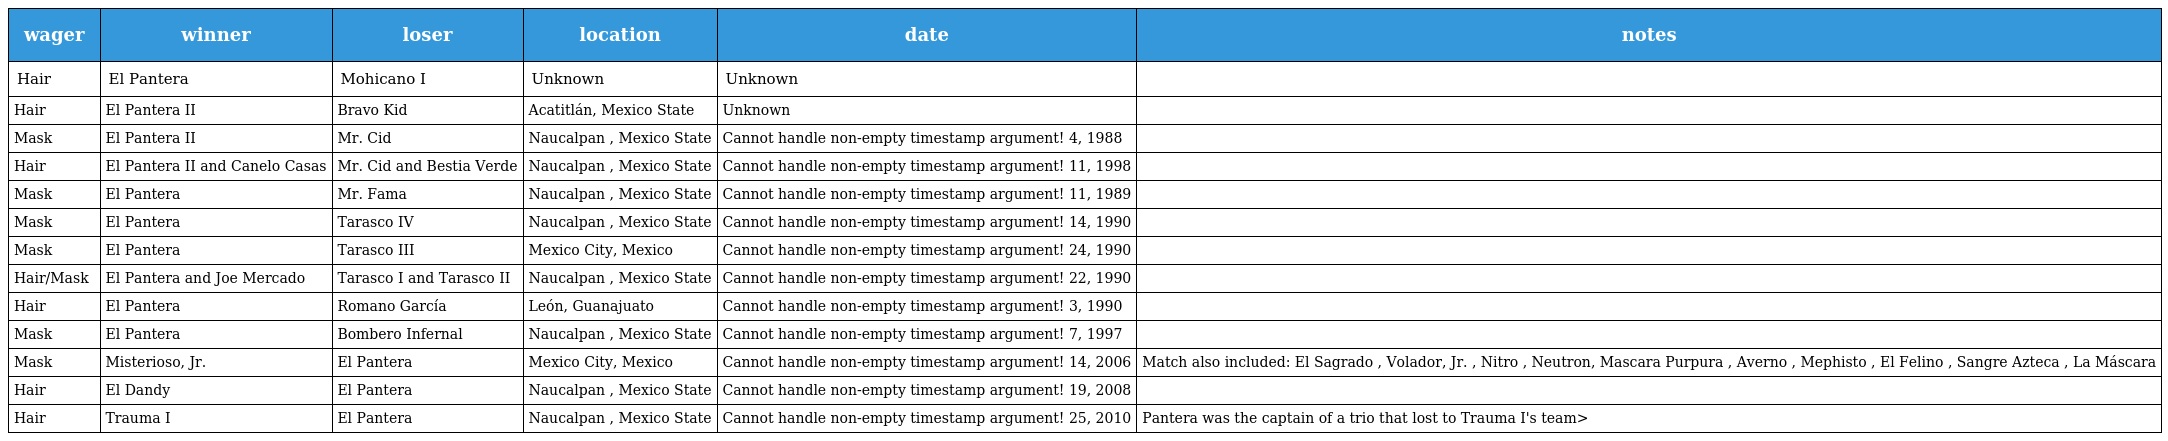
| wager | winner | loser | location | date | notes |
 | --- | --- | --- | --- | --- | --- |
 | Hair | El Pantera | Mohicano I | Unknown | Unknown |  |
 | Hair | El Pantera II | Bravo Kid | Acatitlán, Mexico State | Unknown |  |
 | Mask | El Pantera II | Mr. Cid | Naucalpan , Mexico State | Cannot handle non-empty timestamp argument! 4, 1988 |  |
 | Hair | El Pantera II and Canelo Casas | Mr. Cid and Bestia Verde | Naucalpan , Mexico State | Cannot handle non-empty timestamp argument! 11, 1998 |  |
 | Mask | El Pantera | Mr. Fama | Naucalpan , Mexico State | Cannot handle non-empty timestamp argument! 11, 1989 |  |
 | Mask | El Pantera | Tarasco IV | Naucalpan , Mexico State | Cannot handle non-empty timestamp argument! 14, 1990 |  |
 | Mask | El Pantera | Tarasco III | Mexico City, Mexico | Cannot handle non-empty timestamp argument! 24, 1990 |  |
 | Hair/Mask | El Pantera and Joe Mercado | Tarasco I and Tarasco II | Naucalpan , Mexico State | Cannot handle non-empty timestamp argument! 22, 1990 |  |
 | Hair | El Pantera | Romano García | León, Guanajuato | Cannot handle non-empty timestamp argument! 3, 1990 |  |
 | Mask | El Pantera | Bombero Infernal | Naucalpan , Mexico State | Cannot handle non-empty timestamp argument! 7, 1997 |  |
 | Mask | Misterioso, Jr. | El Pantera | Mexico City, Mexico | Cannot handle non-empty timestamp argument! 14, 2006 | Match also included: El Sagrado , Volador, Jr. , Nitro , Neutron, Mascara Purpura , Averno , Mephisto , El Felino , Sangre Azteca , La Máscara |
 | Hair | El Dandy | El Pantera | Naucalpan , Mexico State | Cannot handle non-empty timestamp argument! 19, 2008 |  |
 | Hair | Trauma I | El Pantera | Naucalpan , Mexico State | Cannot handle non-empty timestamp argument! 25, 2010 | Pantera was the captain of a trio that lost to Trauma I's team> |